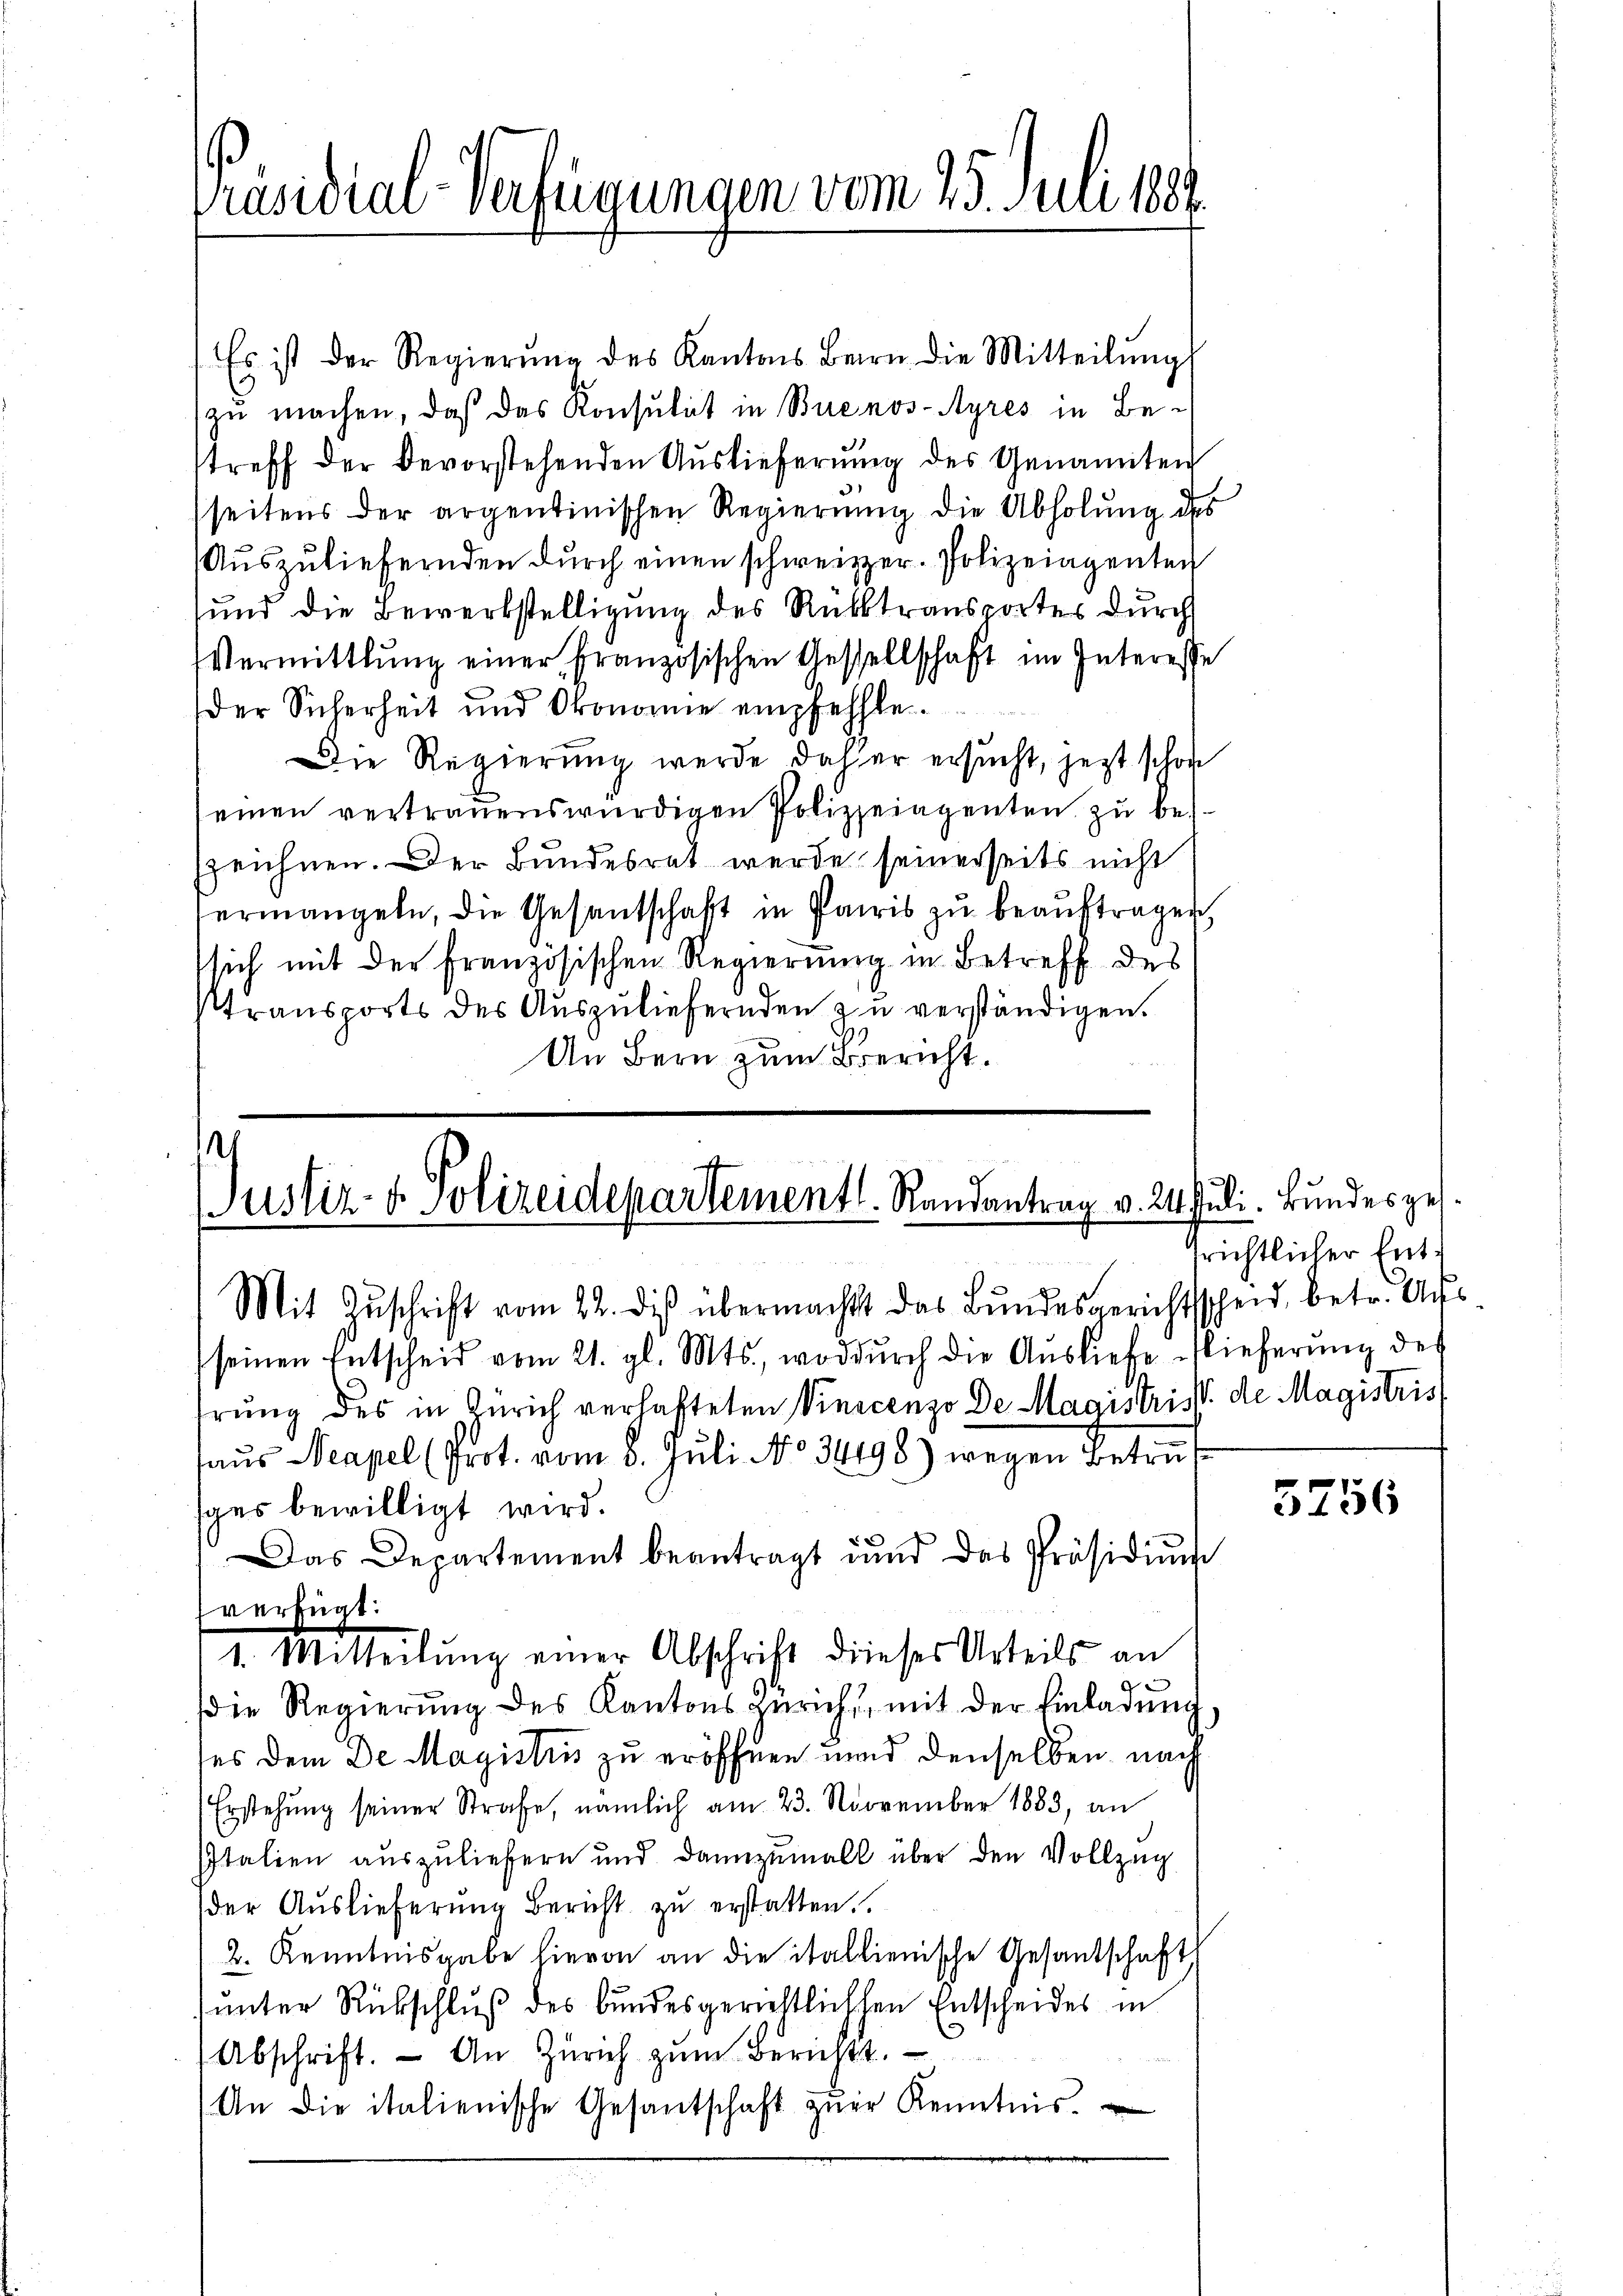
Präsidial-Verfügungen vom 25. Juli 1881.

(Es ist der Regierŭng des Kantons Bern die Mitteilŭng
zu machen, daß das Konsulat in Buenos-Ayres in Betreff der Bevorstehenden Auslieferung des Genannten
(seitens der argentinischen Regierŭng die Abholŭng des
Aŭszŭliefernden dŭrch einen schweizer- Polizeiagenten
und die Bewerkstelligung des Rücktransportes durch
Vermittlung einer französischen Gesellschaft im Interesse
Der Sicherheit und Oronomie empfehlte.
Die Regierung werde daher ersucht, jezt schon
seinen vertrauenswürdigen Polizeiagenten zu bes
zzeichnen. Der Bundesrat werde seinerseits nicht
ermangeln, die Gesantschaft in Paris zu beauftragen,
sich mit der französischen Regierung in Betreff des
Utransports des Auszuliefernden zu verständigen.
An Bern zum Bericht.

s
g
Justiz- & Polizeidepartementl. Randantrag v. 24. Juli. Bundesges¬
Mit Zŭschrift vom 22. diß übermacht das Bundesgerichtsscheid, betr. Achs

fverfügt:

seinen Entscheid vom 21. gl. Mts., wodŭrch die Ausliebe lieferŭng des
hrung des in Zürich verhafteten Vincenzo De Magistrist de Magistris
haus Neapel (Prot. vom 8. Juli NNo. 34198) wegen Betref¬

srichtlicher Ent¬

ges bewilligt wird.
Das Departement beantragt und das Präsidiŭm
1. Mitteilung einer Abschrift dieses Urteils an
die Regierŭng des Kantons Zürich, mit der Einladung.
ses dem De Magistris zu eröffnen und denselben nach
Erstehung seiner Strafe, nämlich am 23. November 1883, an
Italien auszuliefern und dannzumal über den Vollzug
der Auslieferung Bericht zu erstatten.
2. Kenntnisgabe hievon an die itallienische Gesandtschaft
unter Rückschluß des bundesgerichtlichen Entscheides in
Abschrift. An Zürich zŭm Berichts.
An die italienische Gesantschaft zŭr Kenntnis.

5756